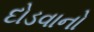
દોડવાનો